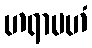
ဟရာမဟံ